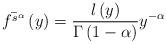
LaTeX: \begin{align*}\bar{f^{s^{\alpha}}}\left(y\right)=\frac{l\left(y\right)}{\Gamma\left(1-\alpha\right)}y^{-\alpha}\end{align*}